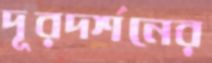
দূরদর্শনের